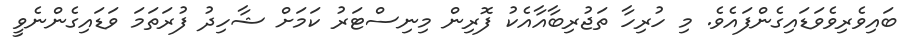
ބައިވެރިވެވަޑައިގެންފައެވެ. މި ހުރިހާ ތަޖުރިބާއާއެކު ފޮރިން މިނިސްޓަރު ކަމަށް ޝާހިދު ފުރަތަމަ ވަޑައިގެންނެވީ